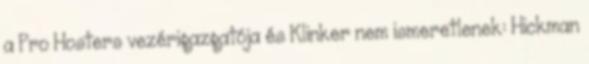
a Pro Hosters vezérigazgatója és Klinker nem ismeretlenek: Hickman